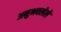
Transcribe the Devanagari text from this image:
अनुभवलेले